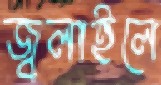
জ্বলাইলে